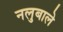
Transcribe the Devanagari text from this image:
नलुबाले